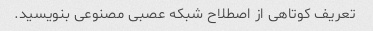
تعریف کوتاهی از اصطلاح شبکه عصبی مصنوعی بنویسید.